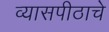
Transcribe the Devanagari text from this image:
व्यासपीठाचे